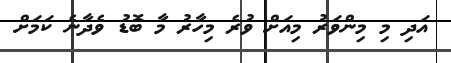
އަދި މި މިންވަރު މިއަށް ވުރެ މިހާރު މާ ބޮޑު ވެދާނެ ކަމަށް